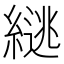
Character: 𫃹